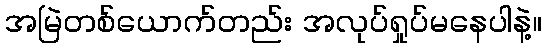
အမြဲတစ်ယောက်တည်း အလုပ်ရှုပ်မနေပါနဲ့။